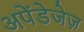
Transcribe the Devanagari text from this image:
अपेंडेजेज़